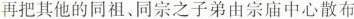
再把其他的同祖、同宗之子弟由宗庙中心散布